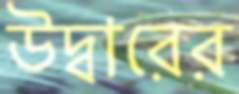
উদ্বারের